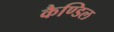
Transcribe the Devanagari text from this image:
कैण्डिल